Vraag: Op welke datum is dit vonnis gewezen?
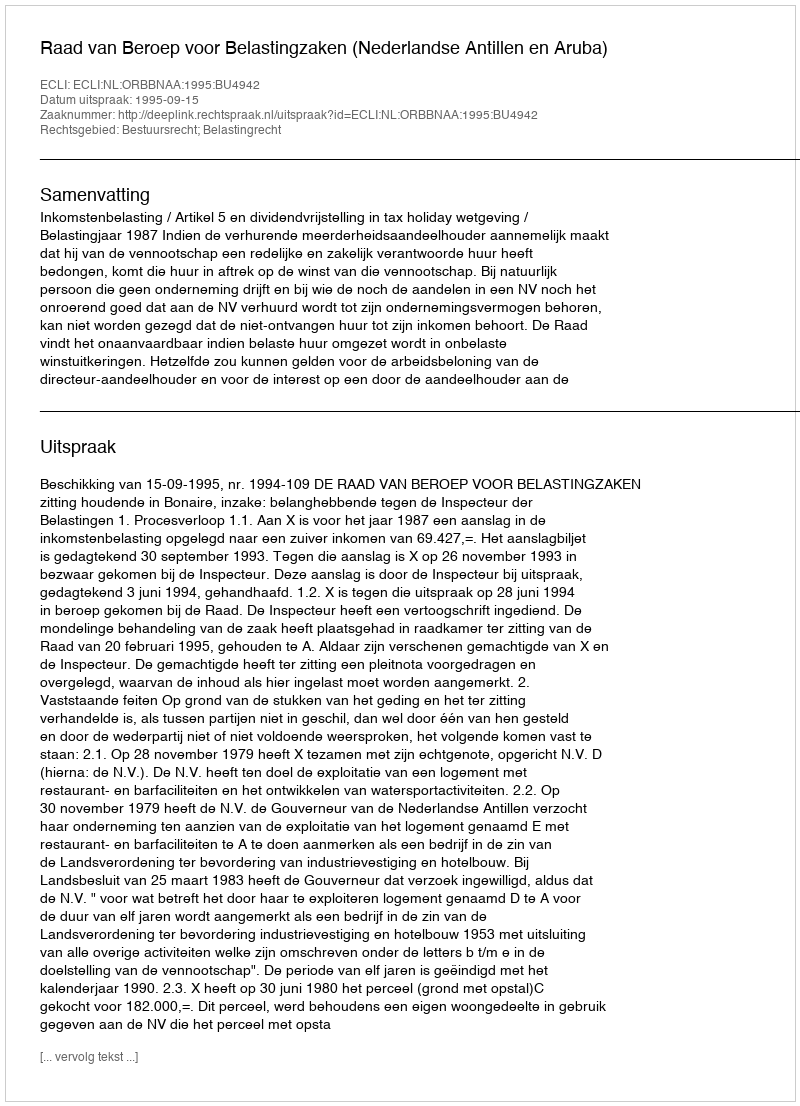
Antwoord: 1995-09-15